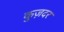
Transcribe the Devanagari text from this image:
कुज़दर